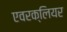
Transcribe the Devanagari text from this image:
एवरक्लियर